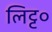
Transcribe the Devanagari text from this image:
लिट्ट०